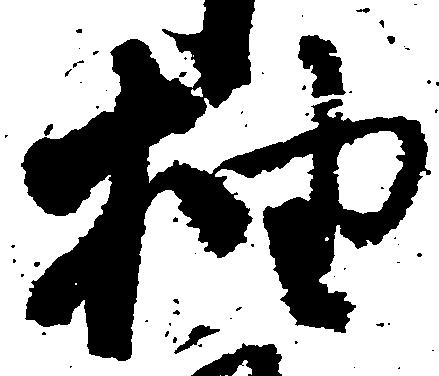
抽